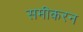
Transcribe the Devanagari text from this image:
समीकरन